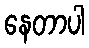
နေတာပါ